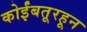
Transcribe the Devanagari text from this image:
कोईंबतूरहून